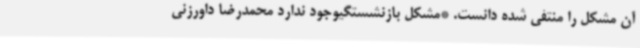
آن مشکل را منتفی شده دانست. *مشکل بازنشستگیوجود ندارد محمدرضا داورزنی